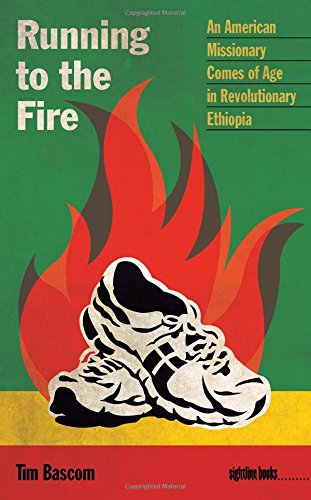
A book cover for Running to the Fire: An American Missionary Comes of Age in Revolutionary Ethiopia (Sightline Books); Tim Bascom; Biographies & Memoirs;